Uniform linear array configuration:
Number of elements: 24
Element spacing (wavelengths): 0.75
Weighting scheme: hann
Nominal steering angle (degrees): -30
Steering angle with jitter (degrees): -29.039
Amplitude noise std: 0.05
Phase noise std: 0.05

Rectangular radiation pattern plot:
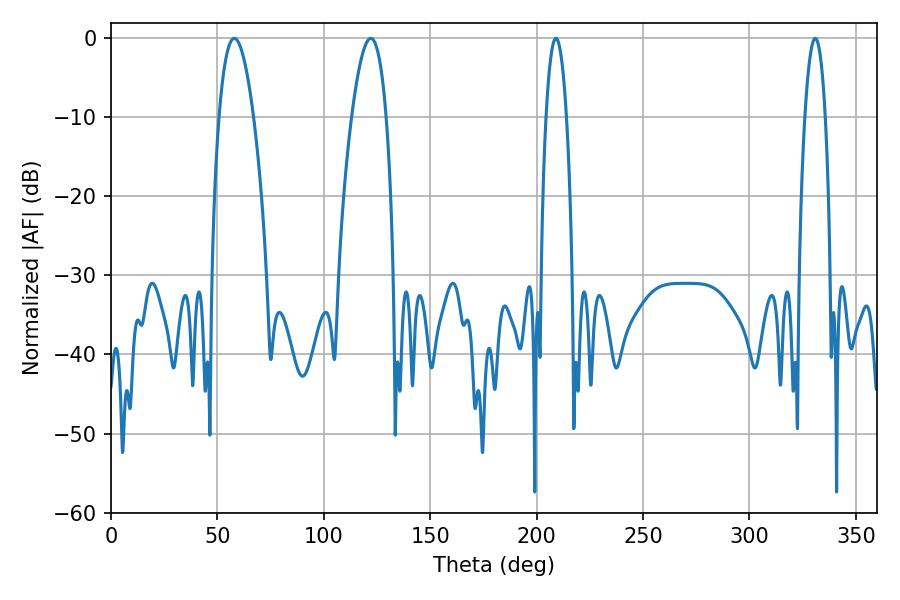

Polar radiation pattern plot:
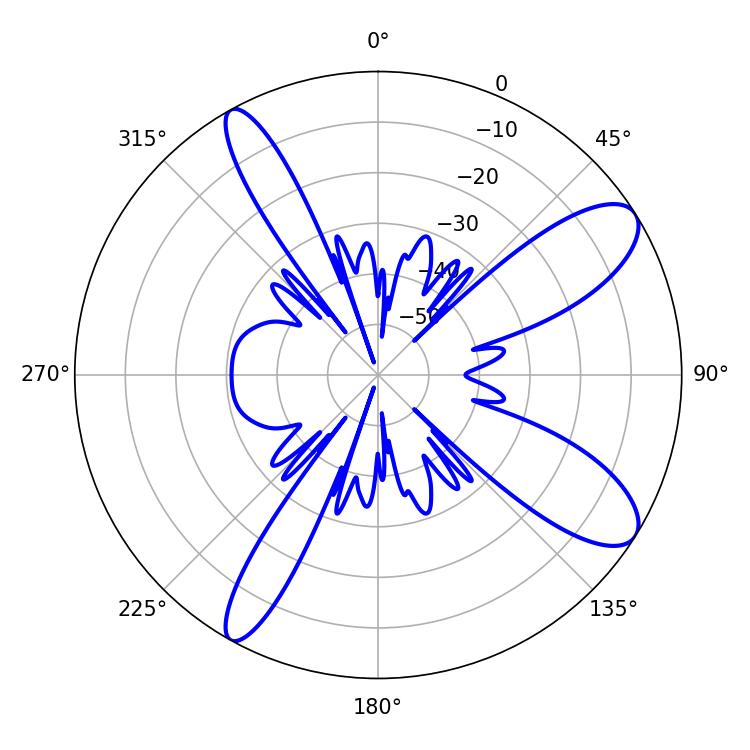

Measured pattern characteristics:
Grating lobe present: TRUE
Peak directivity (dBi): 10.29
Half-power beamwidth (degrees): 8.82
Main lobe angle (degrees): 57.96